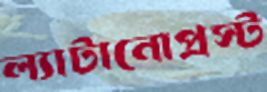
ল্যাটানোপ্রস্ট